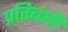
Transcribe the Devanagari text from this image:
प्रतिबंधी